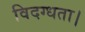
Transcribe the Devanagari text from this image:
विदग्धता।